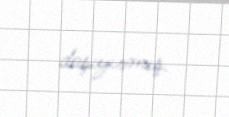
daşıyırmış.